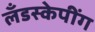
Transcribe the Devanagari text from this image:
लँडस्केपींग